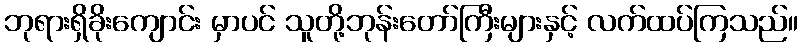
ဘုရားရှိခိုးကျောင်း မှာပင် သူတို့ဘုန်းတော်ကြီးများနှင့် လက်ထပ်ကြသည်။